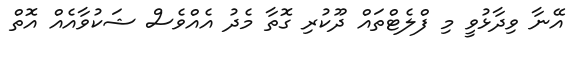
އޭނާ ވިދާޅުވީ މި ފްލެޓްތައް ދޫކުރި ގޮތާ މެދު އެއްވެސް ޝަކުވާއެއް އޮތް